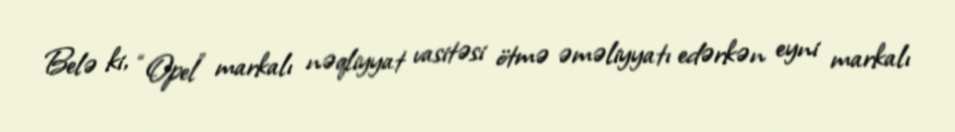
Belə ki, “Opel” markalı nəqliyyat vasitəsi ötmə əməliyyatı edərkən eyni markalı